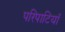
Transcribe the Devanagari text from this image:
परिपाटियाँ